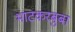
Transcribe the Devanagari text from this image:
भाटकरबुबा